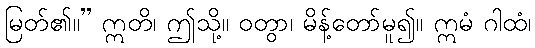
မြတ်၏။” ဣတိ၊ ဤသို့။ ဝတွာ၊ မိန့်တော်မူ၍။ ဣမံ ဂါထံ၊